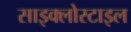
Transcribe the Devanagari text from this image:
साइक्लोस्टाइल